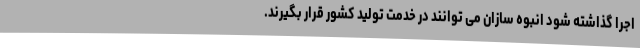
اجرا گذاشته شود انبوه سازان می توانند در خدمت تولید کشور قرار بگیرند.